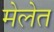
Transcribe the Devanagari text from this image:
मेलेत